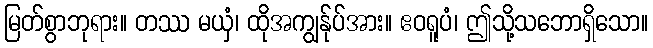
မြတ်စွာဘုရား။ တဿ မယှံ၊ ထိုအကျွန်ုပ်အား။ ဧဝရူပံ၊ ဤသို့သဘောရှိသော။